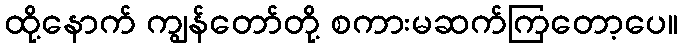
ထို့နောက် ကျွန်တော်တို့ စကားမဆက်ကြတော့ပေ။